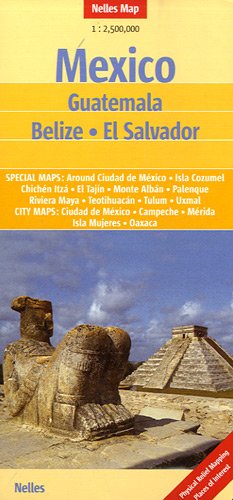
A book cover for Mexico, Guatemala, Belize and El Salvador Nelles map; Nelles Verlag; Travel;